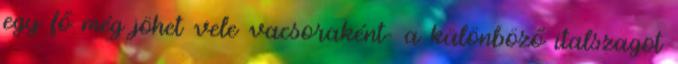
egy fő még jöhet vele vacsoraként- a különböző italszagot